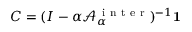
\boldsymbol { C } = ( \boldsymbol { I } - \alpha \mathcal { A } _ { \alpha } ^ { \mathrm { ~ i ~ n ~ t ~ e ~ r ~ } } ) ^ { - 1 } { \bf 1 }